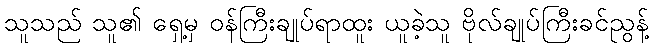
သူသည် သူ၏ ရှေ့မှ ဝန်ကြီးချုပ်ရာထူး ယူခဲ့သူ ဗိုလ်ချုပ်ကြီးခင်ညွန့်